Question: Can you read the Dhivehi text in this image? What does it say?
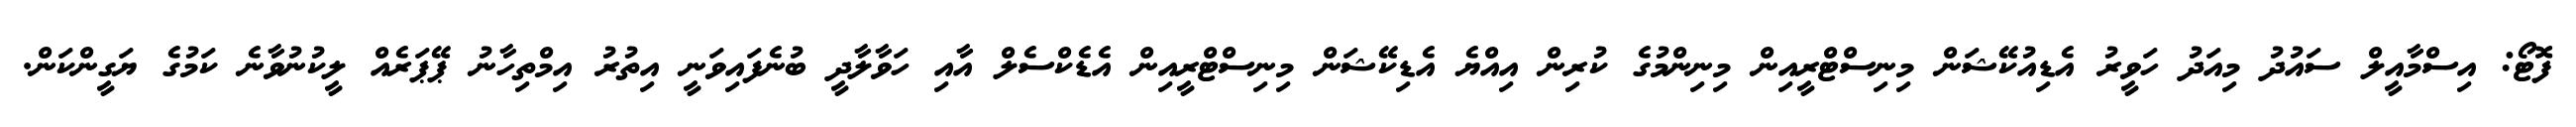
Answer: ފޮޓޯ: އިސްމާއީލް ސައުދު މިއަދު ހަވީރު އެޑިއުކޭޝަން މިނިސްޓްރީއިން މިނިންމުގެ ކުރިން އިއްޔެ އެޑިކޭޝަން މިނިސްޓްރީއިން އެޑެކްސެލް އާއި ހަވާލާދީ ބުނެފައިވަނީ އިތުރު އިމްތިހާނު ޕޭޕަރެއް ލީކުނުވާނެ ކަމުގެ ޔަގީންކަން.